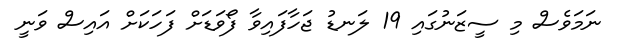
ނަމަވެސް މި ސީޒަނުގައި 19 ލަނޑު ޖަހާފައިވާ ފޯވަޑަށް ފަހަކަށް އައިސް ވަނީ